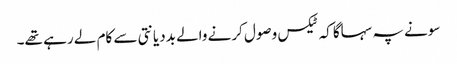
‏ سونے پہ سہاگا کہ ٹیکس وصول کرنے والے بددیانتی سے کام لے رہے تھے۔